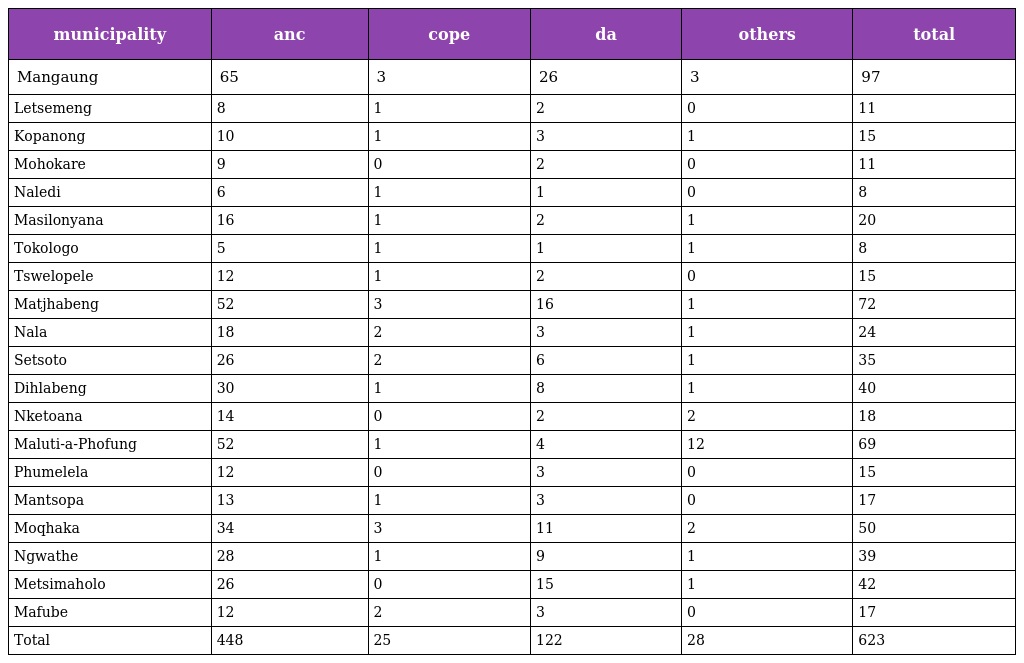
| municipality | anc | cope | da | others | total |
 | --- | --- | --- | --- | --- | --- |
 | Mangaung | 65 | 3 | 26 | 3 | 97 |
 | Letsemeng | 8 | 1 | 2 | 0 | 11 |
 | Kopanong | 10 | 1 | 3 | 1 | 15 |
 | Mohokare | 9 | 0 | 2 | 0 | 11 |
 | Naledi | 6 | 1 | 1 | 0 | 8 |
 | Masilonyana | 16 | 1 | 2 | 1 | 20 |
 | Tokologo | 5 | 1 | 1 | 1 | 8 |
 | Tswelopele | 12 | 1 | 2 | 0 | 15 |
 | Matjhabeng | 52 | 3 | 16 | 1 | 72 |
 | Nala | 18 | 2 | 3 | 1 | 24 |
 | Setsoto | 26 | 2 | 6 | 1 | 35 |
 | Dihlabeng | 30 | 1 | 8 | 1 | 40 |
 | Nketoana | 14 | 0 | 2 | 2 | 18 |
 | Maluti-a-Phofung | 52 | 1 | 4 | 12 | 69 |
 | Phumelela | 12 | 0 | 3 | 0 | 15 |
 | Mantsopa | 13 | 1 | 3 | 0 | 17 |
 | Moqhaka | 34 | 3 | 11 | 2 | 50 |
 | Ngwathe | 28 | 1 | 9 | 1 | 39 |
 | Metsimaholo | 26 | 0 | 15 | 1 | 42 |
 | Mafube | 12 | 2 | 3 | 0 | 17 |
 | Total | 448 | 25 | 122 | 28 | 623 |